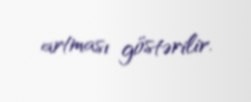
artması göstərilir.